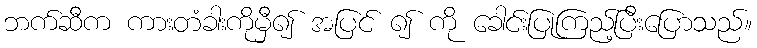
ဘက်ဆီက ကားတံခါးကိုမှီ၍ အပြင် ၍ ကို ခေါင်းပြုကြည့်ပြီးပြောသည်။